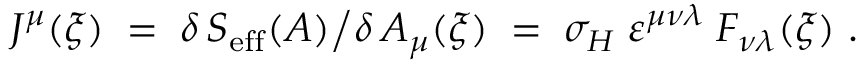
J ^ { \mu } ( \xi ) \; = \; \delta \, S _ { \mathrm { e f f } } ( A ) \big / \delta \, A _ { \mu } ( \xi ) \; = \; \sigma _ { H } \; \varepsilon ^ { \mu \nu \lambda } \; F _ { \nu \lambda } ( \xi ) ~ .